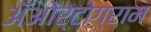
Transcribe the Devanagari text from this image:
अॅओर्टोग्राम